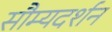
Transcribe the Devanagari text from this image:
सौम्यदर्शन